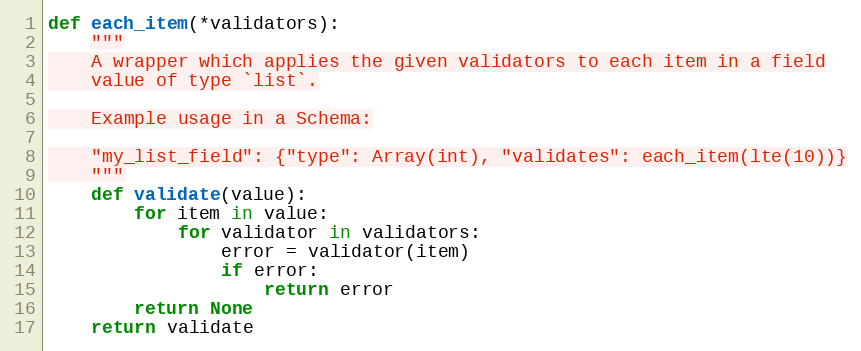
Language: Python
def each_item(*validators):
    """
    A wrapper which applies the given validators to each item in a field
    value of type `list`.

    Example usage in a Schema:

    "my_list_field": {"type": Array(int), "validates": each_item(lte(10))}
    """
    def validate(value):
        for item in value:
            for validator in validators:
                error = validator(item)
                if error:
                    return error
        return None
    return validate